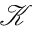
\mathcal { K }